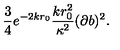
\frac { 3 } { 4 } e ^ { - 2 k r _ { 0 } } \frac { k r _ { 0 } ^ { 2 } } { \kappa ^ { 2 } } ( \partial b ) ^ { 2 } .